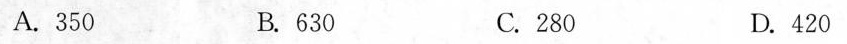
A.350 B.630 C.280 D.420